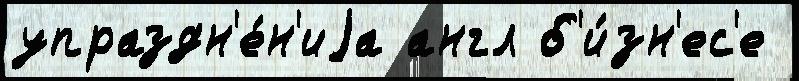
упраздн'е́н'иjа англ б'и́зн'ес'е